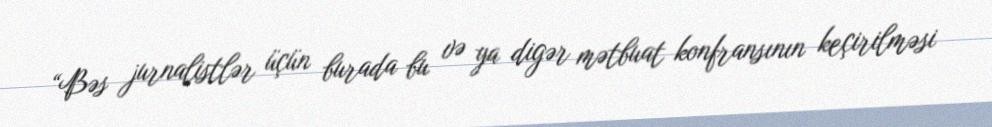
“Bəs jurnalistlər üçün burada bu və ya digər mətbuat konfransının keçirilməsi